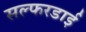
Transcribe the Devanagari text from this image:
सल्फरडाई